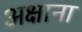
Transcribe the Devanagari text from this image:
अक्षाना